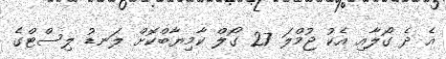
އެ ދެ ގޯލާއި އެކު ޖުމްލަ 27 ގޯލް ކާމިޔާބްކޮށް ލަނޑު ލިސްޓްގެ